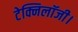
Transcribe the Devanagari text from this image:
टेक्निलॉजी।